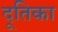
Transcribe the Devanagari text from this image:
दूतिका